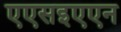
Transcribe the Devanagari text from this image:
एएसइएएन